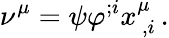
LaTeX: \nu^{\mu}=\psi\varphi^{;i}x_{\, ,i}^{\mu}\, .